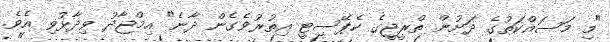
"މި މަސައްކަތުގެ ދަށުން ތްރީޖީގެ ކެޕޭސިޓީ އިތުރުވެގެން ދާނެ" އިމްޖާދު ވިދާޅުވި އެވެ.